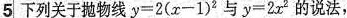
5下列关于抛物线$$y=2(x-1)^{2} $$与$$y=2x^{2} $的说法，